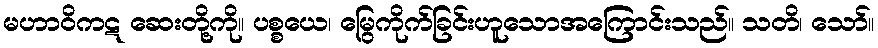
မဟာဝိကဋ ဆေးတို့ကို။ ပစ္စယေ၊ မြွေကိုက်ခြင်းဟူသောအကြောင်းသည်။ သတိ၊ သော်။